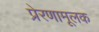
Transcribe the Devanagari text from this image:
प्रेरणामूलक